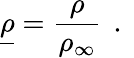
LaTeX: \underline{{\rho}}=\frac{\rho}{\rho_{\infty}}\, \mathrm{~.~}